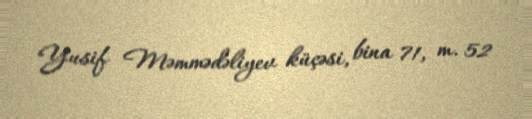
Yusif Məmmədəliyev küçəsi, bina 71, m. 52